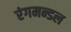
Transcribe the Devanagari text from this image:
रंगमन्डल